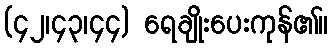
(၄၂၊၄၃၊၄၄) ရေချိုးပေးကုန်၏။